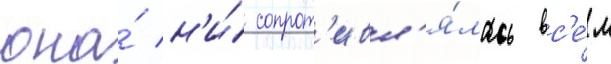
она́ н'и́ сопрот'ивл'я́лась вс'е́м